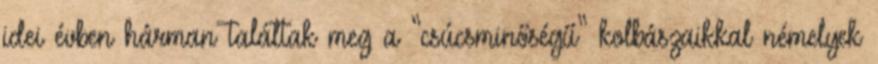
idei évben hárman találtak meg a “csúcsminőségű” kolbászaikkal némelyek